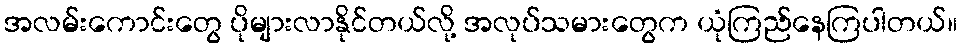
အလမ်းကောင်းတွေ ပိုများလာနိုင်တယ်လို့ အလုပ်သမားတွေက ယုံကြည်နေကြပါတယ်။